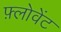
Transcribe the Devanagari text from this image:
फ़्लोवेंट